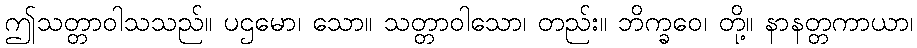
ဤသတ္တာဝါသသည်။ ပဌမော၊ သော။ သတ္တာဝါသော၊ တည်း။ ဘိက္ခဝေ၊ တို့။ နာနတ္တကာယာ၊